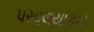
પરવલયાકાર